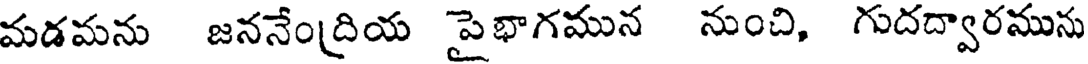
మడమను జననేంద్రియ పైభాగమున నుంచి, గుదద్వారమును